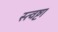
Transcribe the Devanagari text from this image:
स्त्वष्टा